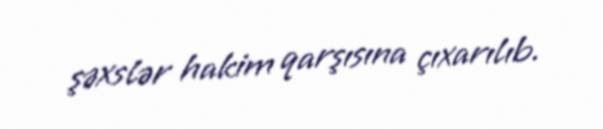
şəxslər hakim qarşısına çıxarılıb.